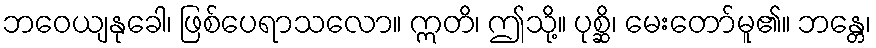
ဘဝေယျနုခေါ၊ ဖြစ်ပေရာသလော။ ဣတိ၊ ဤသို့။ ပုစ္ဆိ၊ မေးတော်မူ၏။ ဘန္တေ၊